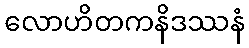
လောဟိတကနိဒဿနံ